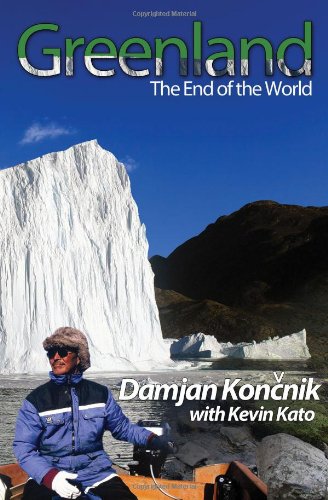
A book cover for Greenland - The End of the World; Damjan Koncnik; Travel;